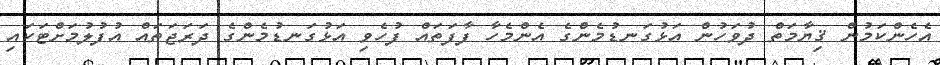
އެހެންކަމުން ޤިޔާމަތް ދުވަހުން އަޅުގަނޑުމެންގެ އެންމެހާ ފާފަތައް ފުހެވި އަޅުގަނޑުމެންގެ ދަރަޖަތައް އުފުލުމަށްޓަކައި